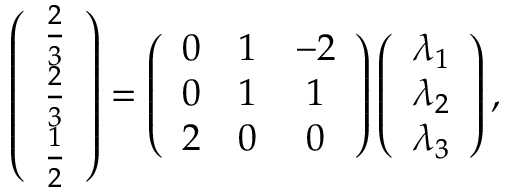
\left( \begin{array} { c } { \frac { 2 } { 3 } } \\ { \frac { 2 } { 3 } } \\ { \frac { 1 } { 2 } } \end{array} \right) = \left( \begin{array} { c c c } { 0 } & { 1 } & { - 2 } \\ { 0 } & { 1 } & { 1 } \\ { 2 } & { 0 } & { 0 } \end{array} \right) \left( \begin{array} { c } { \lambda _ { 1 } } \\ { \lambda _ { 2 } } \\ { \lambda _ { 3 } } \end{array} \right) ,